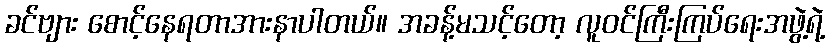
ခင်ဗျား စောင့်နေရတာအားနာပါတယ်။ အခန့်မသင့်တော့ လူဝင်ကြီးကြပ်ရေးအဖွဲ့ရဲ့